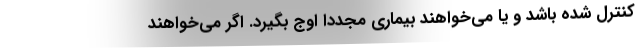
کنترل شده باشد و یا می‌خواهند بیماری مجددا اوج بگیرد. اگر می‌خواهند